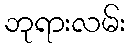
ဘုရားလမ်း